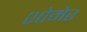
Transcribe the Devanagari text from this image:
शोमेर